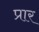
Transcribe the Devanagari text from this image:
प्रार